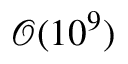
\mathcal { O } ( 1 0 ^ { 9 } )